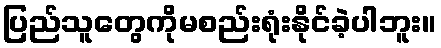
ပြည်သူတွေကိုမစည်းရုံးနိုင်ခဲ့ပါဘူး။